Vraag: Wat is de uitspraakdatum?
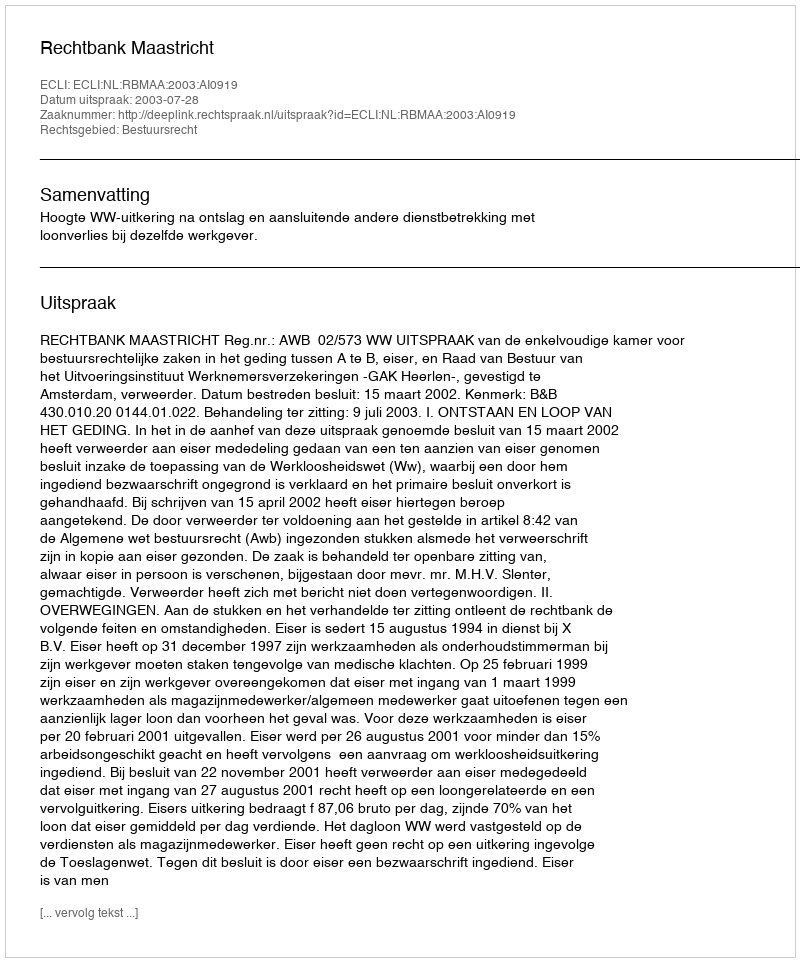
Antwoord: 2003-07-28